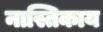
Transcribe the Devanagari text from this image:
नास्तिकाय